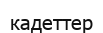
кадеттер